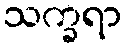
သက္ခရာ